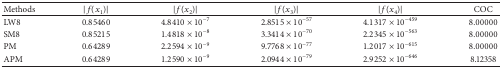
| Methods | |f(x1)| | |f(x2)| | |f(x3)| | |f(x4)| | COC |
 | --- | --- | --- | --- | --- | --- |
 | LW8 | 0.85460 | 4.8410 × 10−7 | 2.8515 × 10−57 | 4.1317 × 10−459 | 8.00000 |
 | SM8 | 0.85215 | 1.4818 × 10−8 | 3.3414 × 10−70 | 2.2345 × 10−563 | 8.00000 |
 | PM | 0.64289 | 2.2594 × 10−9 | 9.7768 × 10−77 | 1.2017 × 10−615 | 8.00000 |
 | APM | 0.64289 | 1.2590 × 10−9 | 2.0944 × 10−79 | 2.9252 × 10−646 | 8.12358 |